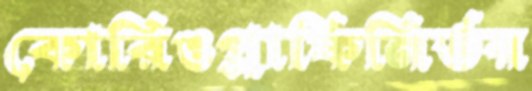
কোরিওগ্রাফিনির্ভর